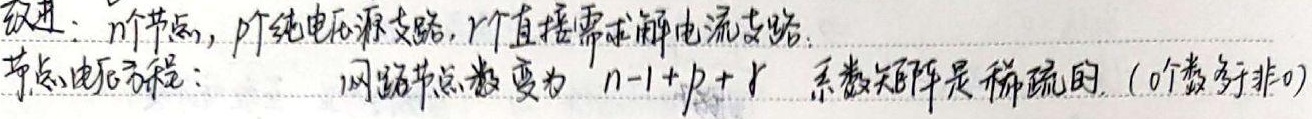
改进：$n$个节点，$p$个纯电压源支路，$r$个直接需求解电流支路.
节点电压方程：网络节点数变为$n - 1 + p + r$，系数矩阵是稀疏的. (0个数多于非0)